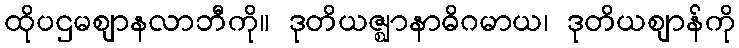
ထိုပဌမဈာနလာဘီကို။ ဒုတိယဇ္ဈာနာဓိဂမာယ၊ ဒုတိယဈာန်ကို